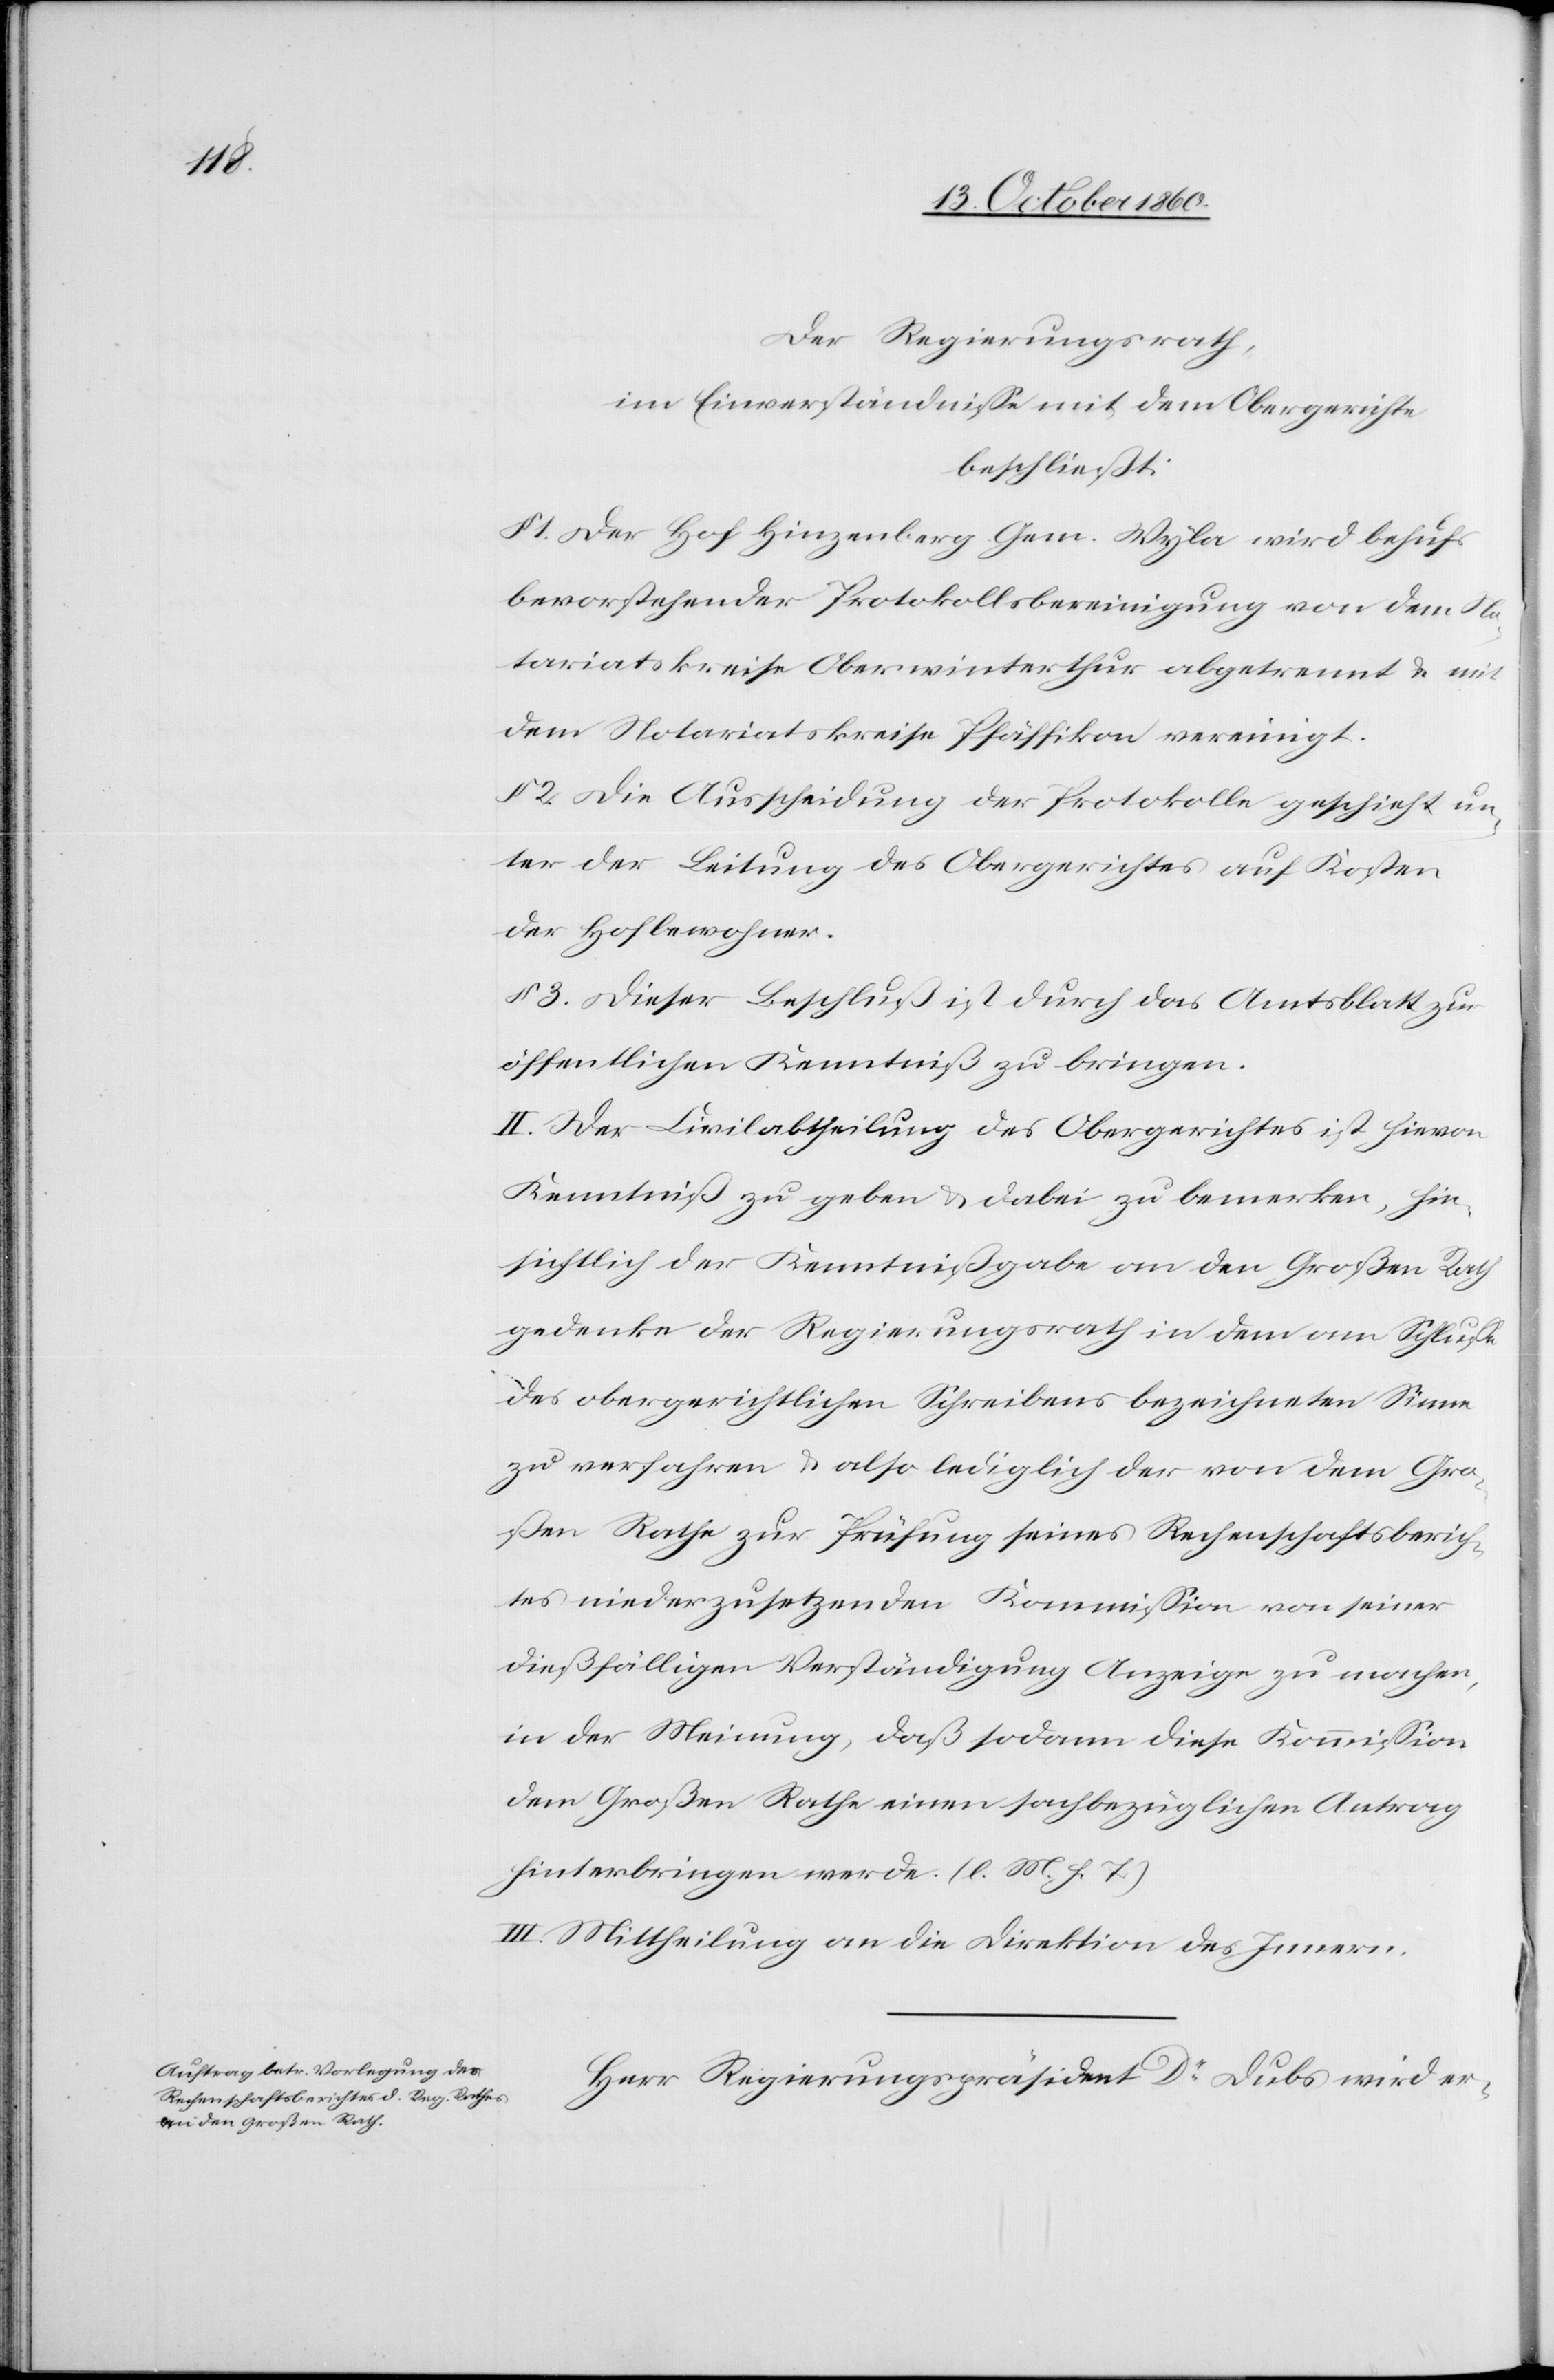
Der Regierungsrath,
im Einverständniß mit dem Obergericht
beschließt:
§. 1. Der Hof Hinzenberg Gem. Wyla wird behufs
bevorstehender Protokollbereinigung von dem No¬
tariatskreise Oberwinterthur abgetrennt u. mit
dem Notariatskreise Pfäffikon vereinigt.
§. 2. Die Ausscheidung der Protokolle geschieht un¬
ter der Leitung des Obergerichtes auf Kosten
der Hofbewohner.
§. 3. Dieser Beschluß ist durch das Amtsblatt zur
öffentlichen Kenntniß zu bringen.
II. Der Civilabtheilung des Obergerichtes ist hievon
Kenntniß zu geben u. dabei zu bemerken, hin¬
sichtlich der Kenntnißgabe an den Großen Rath
gedenke der Regierungsrath in dem am Schlusse
des obergerichtlichen Schreibens bezeichneten Sinne
zu verfahren u. also lediglich der von dem Gro¬
ßen Rathe zur Prüfung seines Rechenschaftsberich¬
tes niederzusetzenden Kommission von seiner
dießfälligen Verständigung Anzeige zu machen,
in der Meinung, daß sodann diese Kommission
dem Großen Rathe einen sachbezüglichen Antrag
hinterbringen werde. (l. M. h. T.)
III. Mittheilung an die Direktion des Innern.
Herr Regierungspräsident Dr Dubs wird er-